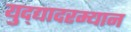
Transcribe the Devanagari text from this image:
युद्द्यादरम्यान